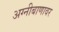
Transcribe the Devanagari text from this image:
अग्नीबाणावर